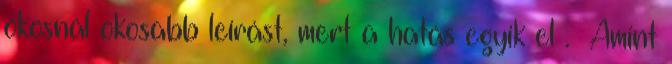
okosnál okosabb leírást, mert a hatás egyik el . Amint